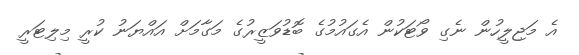
އެ މަޖިލީހުން ނެގި ވޯޓަކުން އެގައުމުގެ ބޮޑުވަޒީރުގެ މަގާމަށް އައްޔަނު ކުރީ މިލިޓަރީ